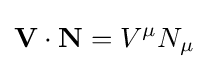
\mathbf {V} \cdot \mathbf {N} =V^{\mu }N_{\mu }